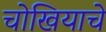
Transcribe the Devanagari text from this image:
चोखियाचे